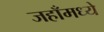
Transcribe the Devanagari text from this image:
जहाँमध्ये